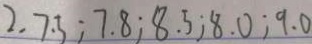
2 . 7 . 5 ; 7 . 8 ; 8 . 5 ; 8 . 0 ; 9 . 0